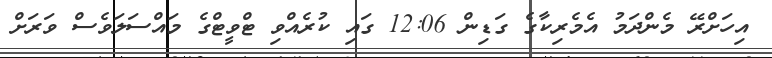
އިހަށްރޭ މެންދަމު އެމެރިކާގެ ގަޑިން 12:06 ގައި ކުރެއްވި ޓްވީޓްގެ މައްސަލަވެސް ވަރަށް